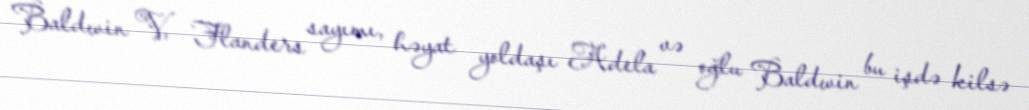
Baldwin V, Flanders sayımı, həyat yoldaşı Adela və oğlu Baldwin bu işdə kilsə